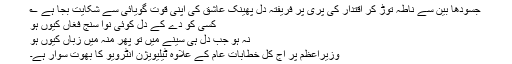
جسودھا بین سے ناطہ توڑ کر اقتدار کی پری پر فریفتہ دل پھینک عاشق کی اپنی قوت گویائی سے شکایت بجا ہے ؎
کسی کو دے کے دل کوئی نوا سنجِ فغاں کیوں ہو
نہ ہو جب دل ہی سینے میں تو پھر منہ میں زباں کیوں ہو
وزیراعظم پر آج کل خطابات عام کے علاوہ ٹیلیویژن انٹرویو کا بھوت سوار ہے۔